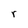
Character: r